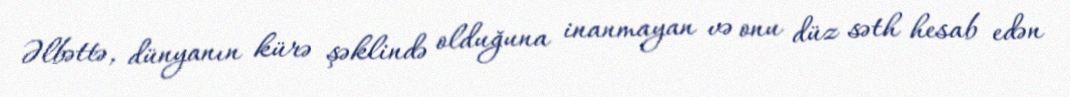
Əlbəttə, dünyanın kürə şəklində olduğuna inanmayan və onu düz səth hesab edən